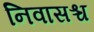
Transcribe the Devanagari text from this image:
निवासश्च